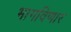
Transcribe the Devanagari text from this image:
भागविणार